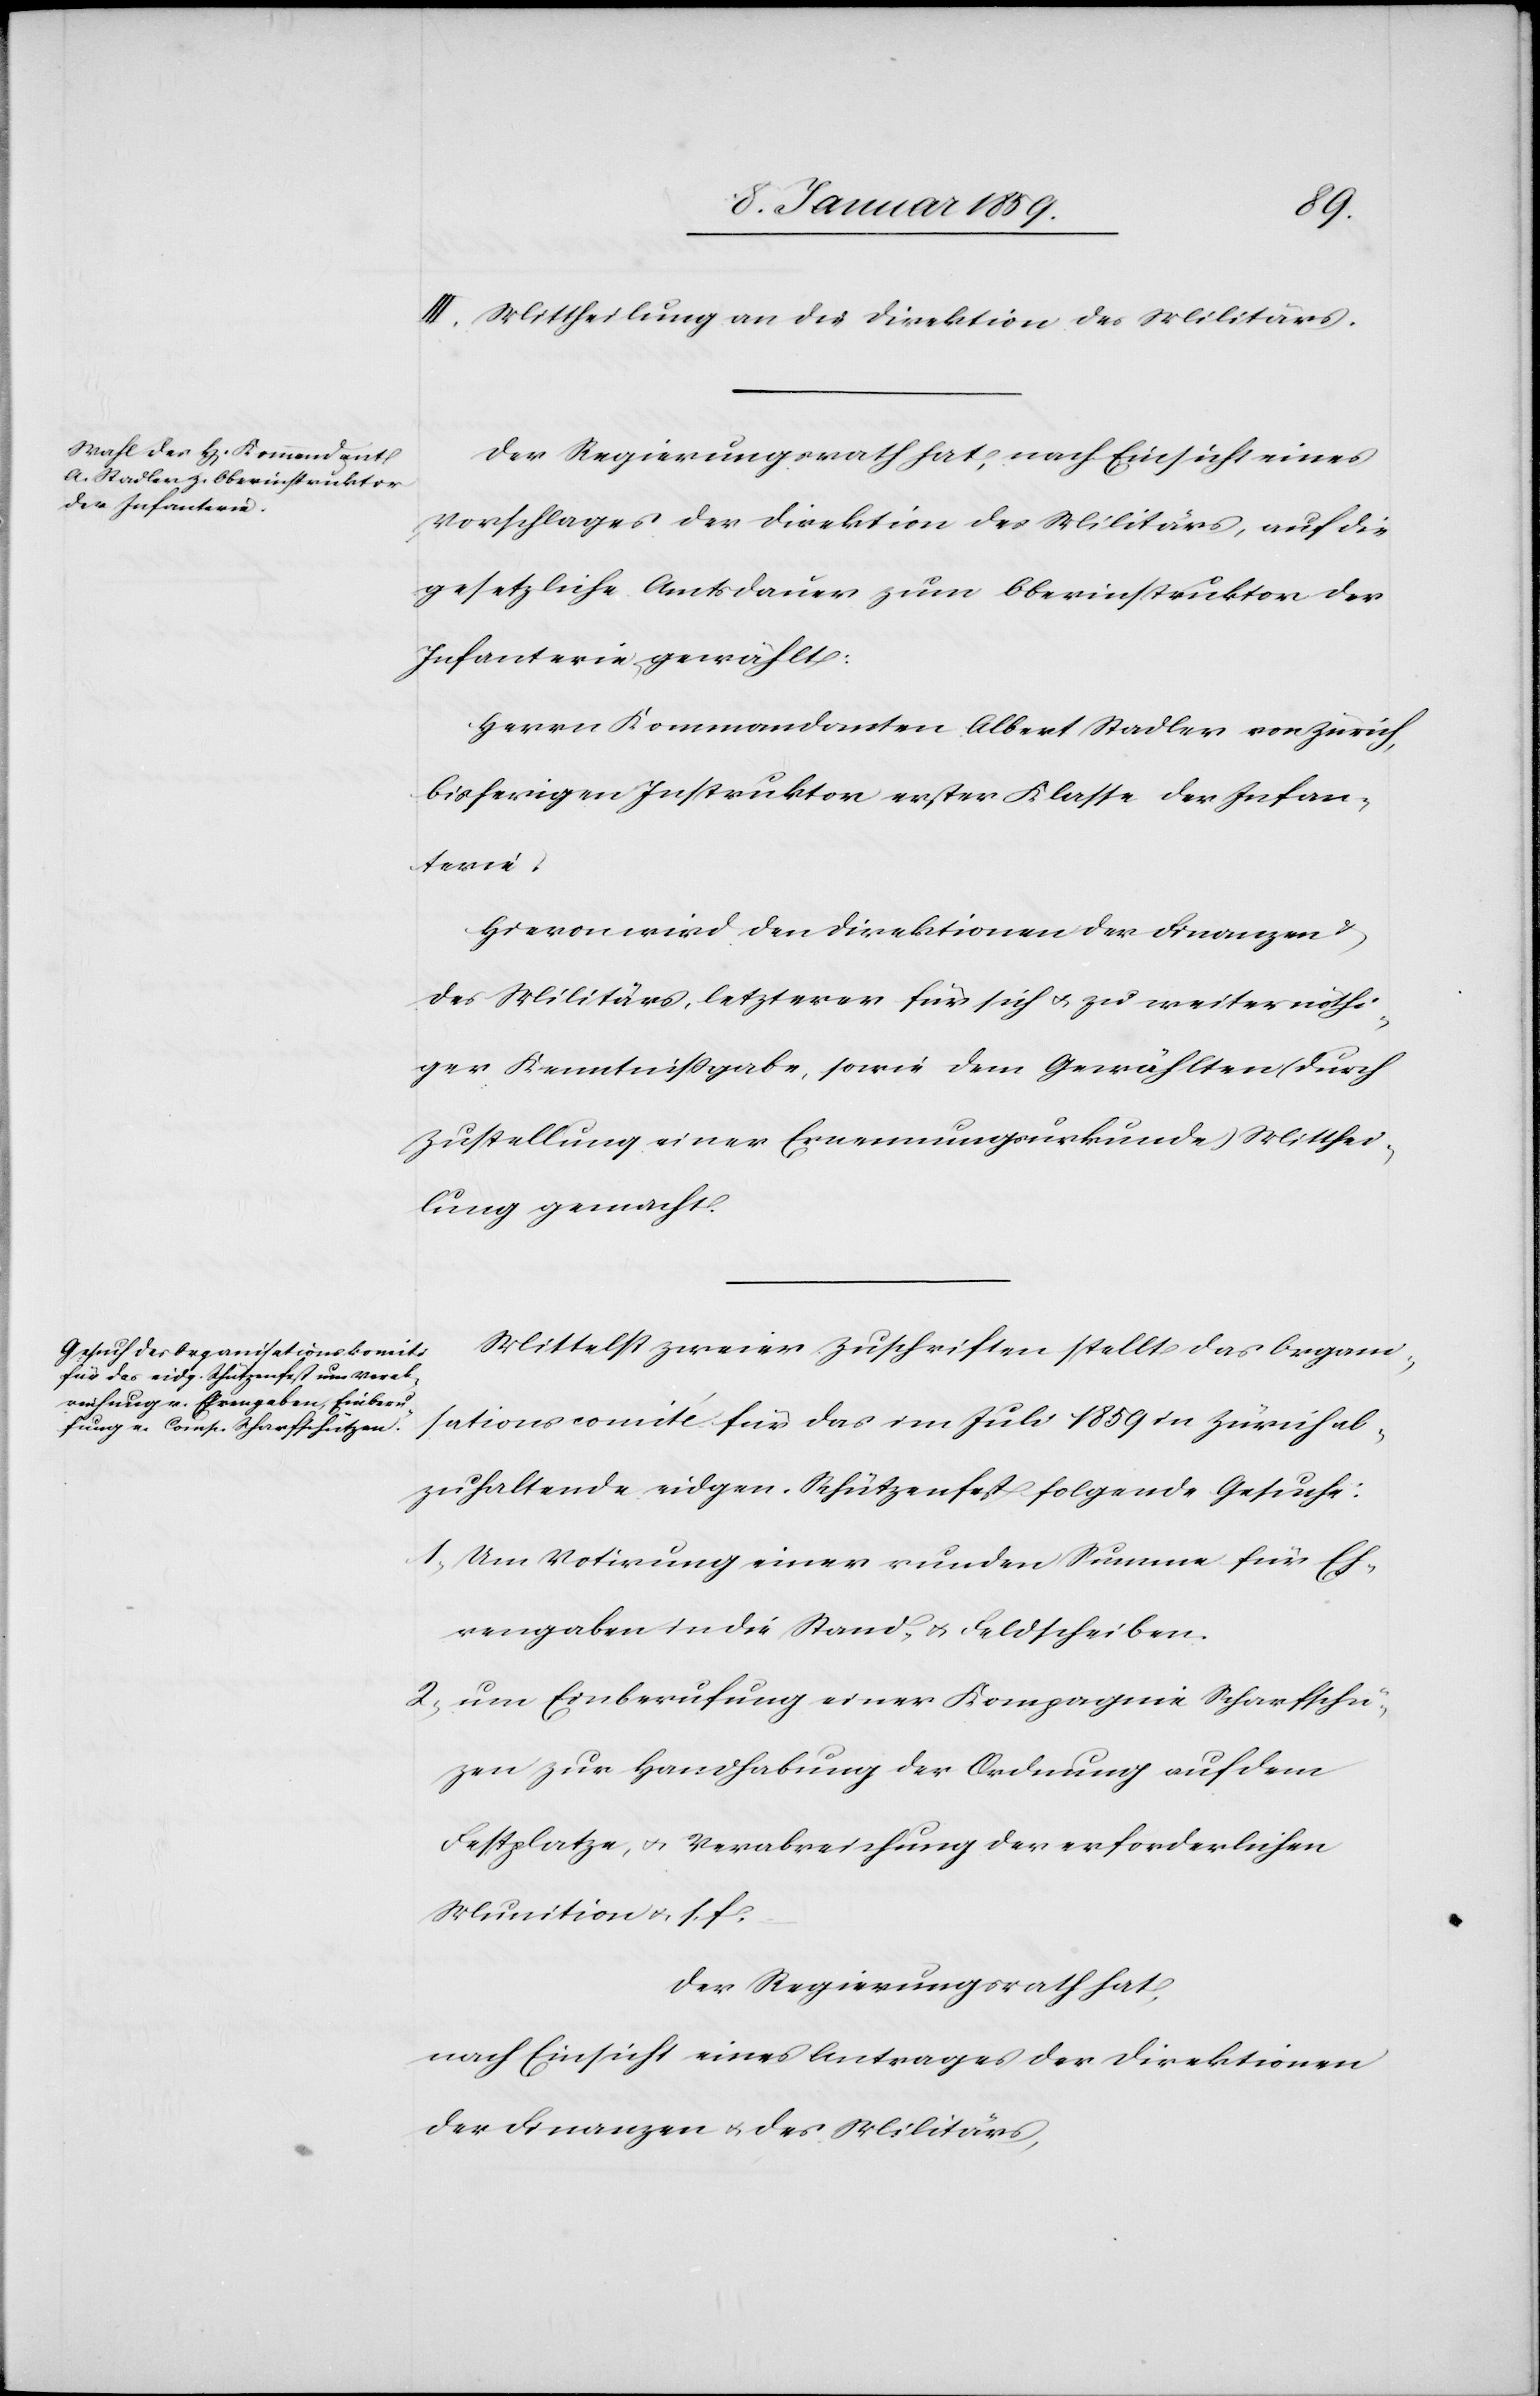
III. Mittheilung an die Direktion des Militärs.
Der Regierungsrath hat, nach Einsicht eines
Vorschlages der Direktion des Militärs, auf die
gesetzliche Amtsdauer zum Oberinstruktor der
Infanterie gewählt:
Herrn Kommandanten Albert Stadler von Zürich,
bisherigen Instruktor erster Klasse der Infan¬
terie.
Hievon wird den Direktionen der Finanzen
des Militärs, letzerer für sich u. zu weiter nöthi¬
ger Kenntnißgabe, sowie dem Gewählten (durch
Zustellung einer Ernennungsurkunde) Mitthei¬
lung gemacht.
Mittelst zweier Zuschriften stellt das Organi¬
sationscomité für das im Juli 1859 in Zürich ab¬
zuhaltende eidgen. Schützenfest folgende Gesuche:
1. Um Votirung einer runden Summe für Eh¬
rengaben in die Stand- u. Feldscheiben.
2. um Einberufung einer Kompagnie Scharfschü¬
tzen zur Handhabung der Ordnung auf dem
Festplatze, u. Verabreichung der erforderlichen
Munition u. s. f.
Der Regierungsrath hat,
nach Einsicht eines Antrages der Direktionen
der Finanzen u. des Militärs,